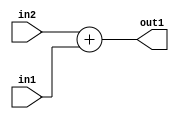
`timescale 1ps / 1ps
/*****************************************************************************
    Verilog RTL Description
    
    
    Created by: CellMath Designer 2019.1.01 
*******************************************************************************/

module DFT_compute_Add_3Ux1U_3U_4 (
	in2,
	in1,
	out1
	); /* architecture "behavioural" */ 
input [2:0] in2;
input  in1;
output [2:0] out1;
wire [2:0] asc001;

assign asc001 = 
	+(in2)
	+(in1);

assign out1 = asc001;
endmodule

/* CADENCE  urn0SwA= : u9/ySgnWtBlWxVPRXgAZ4Og= ** DO NOT EDIT THIS LINE ******/